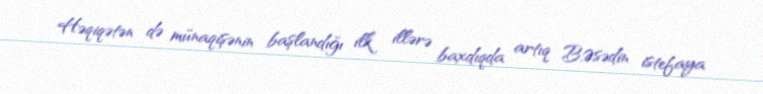
Həqiqətən də münaqişənin başlandığı ilk illərə baxdıqda artıq B.Əsədin istefaya